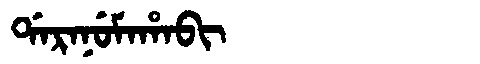
Manchu: ᡩᠠᡵᠠᠨᡠᠮᠠᡥᠠᠪᡳ
Romanization: DARANUMAHABI